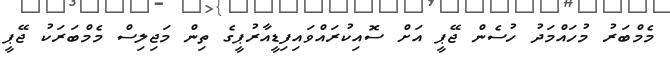
މެމްބަރު މުހައްމަދު ހުސެން ޖޭޕީ އަށް ސޮއިކުރައްވައިފިޑީއާރުޕީގެ ތިން މަޖިލިސް މެމްބަރަކު ޖޭޕީ